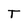
Character: T